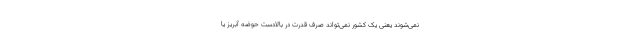
نمی‌شوند یعنی یک کشور نمی‌تواند صرف قدرت در بالادست حوضه آبریز یا